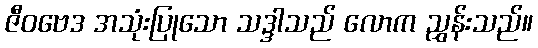
ဇီဝဗေဒ အသုံးပြုသော သဒ္ဒါသည် လောက ညွှန်းသည်။